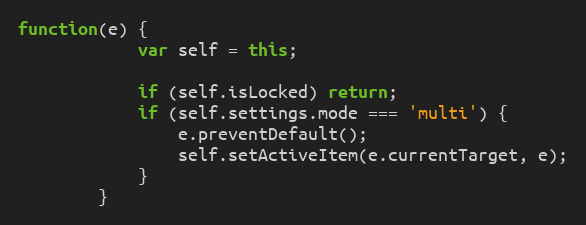
Language: JavaScript
function(e) {
			var self = this;

			if (self.isLocked) return;
			if (self.settings.mode === 'multi') {
				e.preventDefault();
				self.setActiveItem(e.currentTarget, e);
			}
		}